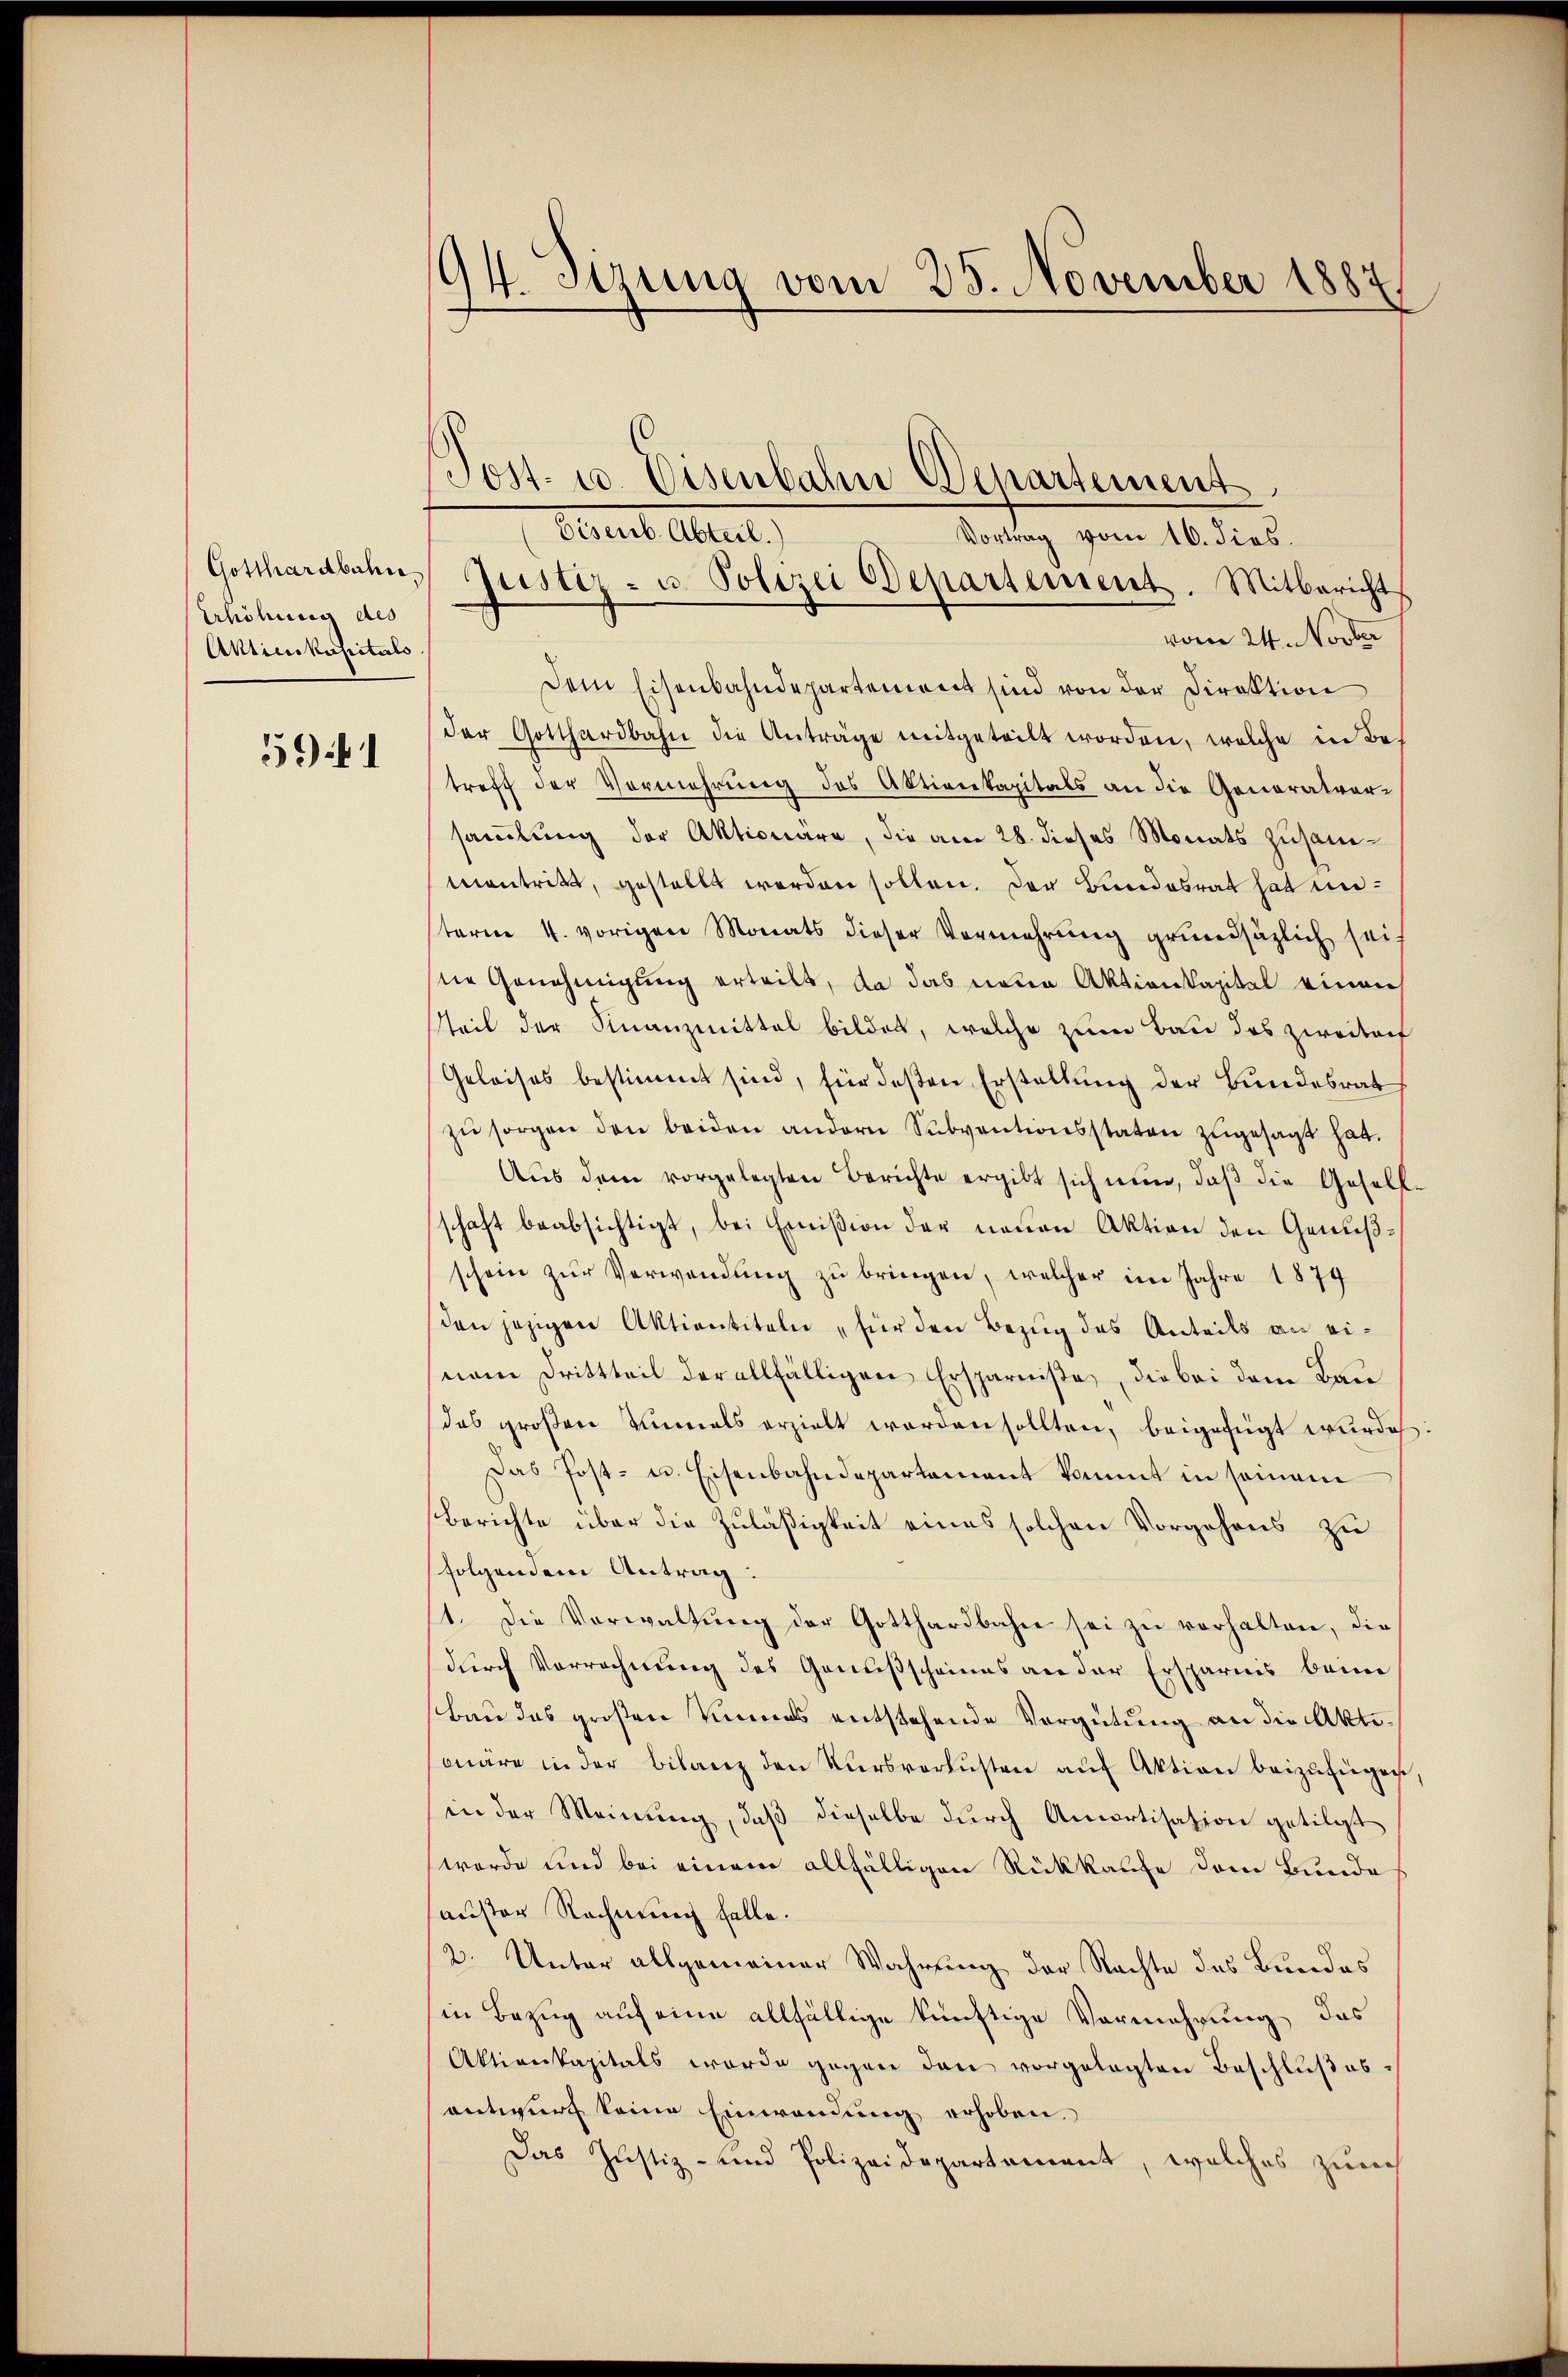
Gotthardbahn
Erhöhung des
Aktienkapitals

59)

94. Sizung vom 25. November 1884

vom 24. Novber
Dem Eisenbahndepartement sind von der Direktion
der Gotthardbahn die Anträge mitgeteilt worden, welche in Betreff der Vermehrung des Aktienkapitals an die Generalvorsammlung der Aktionäre, die am 28. dieses Monats zusam¬
Montritt, gestellt werden sollen. Der Bundesrat hat unterm 4. vorigen Monats dieser Vermehrŭng grundsätzlich sei.
ne Genehmigung erteilt, da das unter Aktionskapitel einen
tteil der Finanzmittel bildet, welche zum Bau das zweitert
Geleises bestimmt sind, für deßen Erstellung der Bundesrat
zŭ sorgen den beiden andern Subventionsstaten zugesagt hat.
Aus dem vorgelegten Berichte ergibt sich nun, daβ die Gesell
schaft beabsichtigt, bei Emißion der neuen Aktion den Genußschein zŭr Verwendŭng zŭ bringen, welcher im Jahre 1874
den jezigen Aktientiteln, für den Bezug des Anteils an einem Drittteil der allfälligen Ersparniße, die bei dem Bau
das großen Einmals erzielt worden sollten, beigefügt wurde
Das Post- u. Eisenbahndepartement kommt in seinem
Berichte über die Zuläßigkeit eines solchen Vorgehens zu
folgendem Antrag:
1. Die Verwaltŭng der Gotthardbahn sei zu verhalten, die
durch Vorrechnung des Genußscheines an der Ersparnis beim
Bau das großen Kinnes entstehende Vergütung an die Akte.
märe in der Bilanz den Kursverlusten auf Aktion beizufügen
in der Meinung, daß dieselbe durch Amortisation getilgt
werde und bei einem allfälligen Rückkaufe dem Bunde
sauster Rechnung falle.
2. Unter allgemeiner Wahrung der Nachte des Bundes
in Bezug auf eine allfällige künftige Vermehrung des
Aktionkapitals worde gegen den vorgelegten Beschlußes,
antwurf keine Einwendung erhoben.
Das Justiz- und Polizeidepartement, welches zürch

Post- u. Eisenbahn Departement
Bannes Altert,
Vortrag vom 16. dies
Justiz- u. Polizei Departement. Mitbericht